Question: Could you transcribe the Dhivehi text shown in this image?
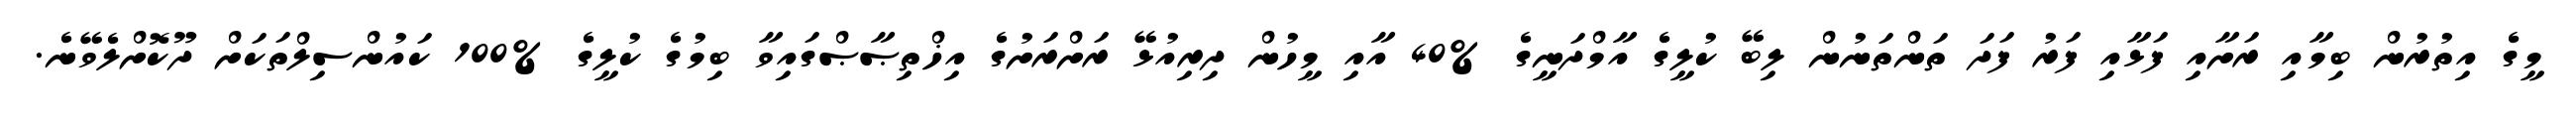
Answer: މީގެ އިތުރުން ބިމާއި ރަށާއި ފަޅާއި ފަރު ފަދަ ތަންތަނުން ލިބޭ ކުލީގެ އާމްދަނީގެ %40 އާއި މީހުން ދިރިއުޅޭ ރަށްރަށުގެ އިޚްތިޞާޞްގައިވާ ބިމުގެ ކުލީގެ %100 ކައުންސިލްތަކަށް ދޫކޮށްލެވޭނެ.